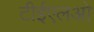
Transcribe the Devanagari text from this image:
टीईएलओ